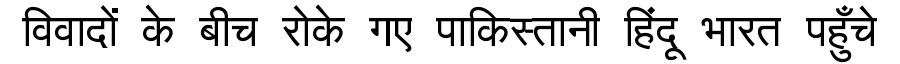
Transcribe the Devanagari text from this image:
विवादों के बीच रोके गए पाकिस्तानी हिंदू भारत पहुँचे